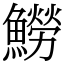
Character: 䲏